system: You are a helpful assistant.
user:
Analyze the provided spectrum to determine if it is a **S-type Star**.

- **Key Indicators for S-type Star:**

    - **(Overall Spectrum Shape):** The first and most obvious characteristic is the overall continuum (the "baseline" shape). It is **extremely "red-sloping,"** meaning the flux (light intensity) is very low on the left side (blue, ~4000-4500 Å) and rises steeply and continuously toward the right side (red, ~7000 Å+).

    - **(Primary):** The spectrum is defined by the presence of strong, broad molecular absorption "valleys" (bands) from **Zirconium Oxide (ZrO)**. The identification of these bands is the **primary requirement** for classifying a star as S-type.
        - **(Key Bandheads):** You must find distinct, deep "dips" where the light has been absorbed. The most critical band systems to locate are:
            - **~6474 Å** ($\gamma$-system): This is often the strongest and clearest ZrO feature, found in the red part of the spectrum.
            - **~5718 Å** & **~5551 Å** ($\beta$-system): A pair of prominent absorption features in the yellow-orange part of the spectrum.
            - **~4640 Å** ($\alpha$-system): A key absorption band system in the blue-green region of the spectrum.

    - **(Secondary Confirmation):** The classification is strengthened by finding additional absorption bands from other related heavy element oxides, which are expected to be present alongside ZrO.
        - **(Key Bandheads):**
            - **Yttrium Oxide (YO):** Look for absorption dips near **~4800 Å** and **~6100 Å**.
            - **Lanthanum Oxide (LaO):** Additional absorption features, particularly in the red-orange part of the spectrum, are also characteristic.

    - **(Line Profile):** The combination of the steep red continuum and these numerous, deep molecular bands (ZrO, YO, etc.) gives the entire spectrum a very **"chopped-up"** or **"bumpy"** appearance. Instead of a smooth curve, the spectrum looks as though large, wide chunks of light have been "carved out" of it at the specific wavelengths listed above.

Think first, call **spectral_visualization_tool** if needed to examine features in detail, then provide your final answer. Your response must adhere to the following strict rules:
1.  **Overall Structure:** Your response must follow the format `<think>...</think> <tool_call>...</tool_call> (if a tool is used) <answer>...</answer>`.
2.  **Tool Usage Constraint:** You may only make **one** tool call per turn.
3.  **Final Answer Format:** In the `<answer>` tag, your conclusion must be inside a `\boxed{}` command (e.g., `\boxed{YES}` or `\boxed{NO}`), followed by your justification.

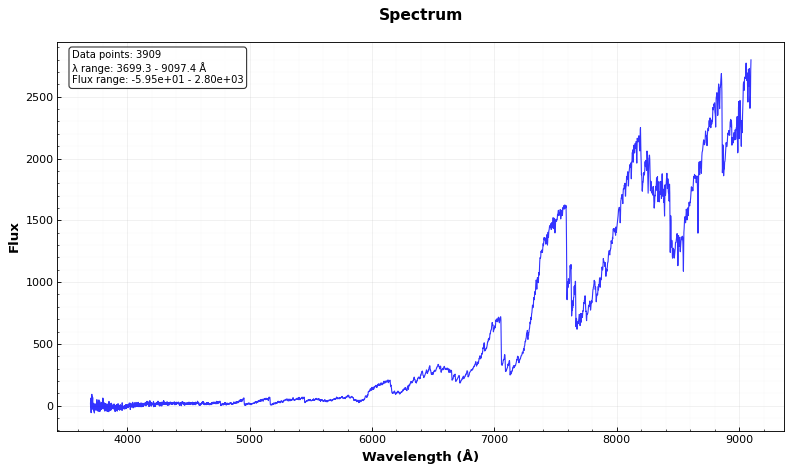
Answer: YES